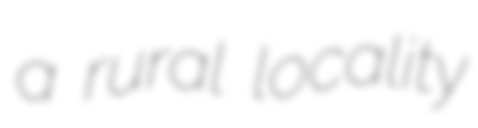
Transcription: a rural locality